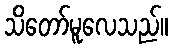
သိတော်မူလေသည်။